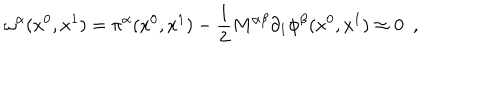
\omega ^ { \alpha } ( x ^ { 0 } , x ^ { 1 } ) = \pi ^ { \alpha } ( x ^ { 0 } , x ^ { 1 } ) - \frac { 1 } { 2 } M ^ { \alpha \beta } \partial _ { 1 } \phi ^ { \beta } ( x ^ { 0 } , x ^ { 1 } ) \approx 0 \, \, \, ,